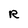
Character: R